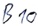
Text: B10